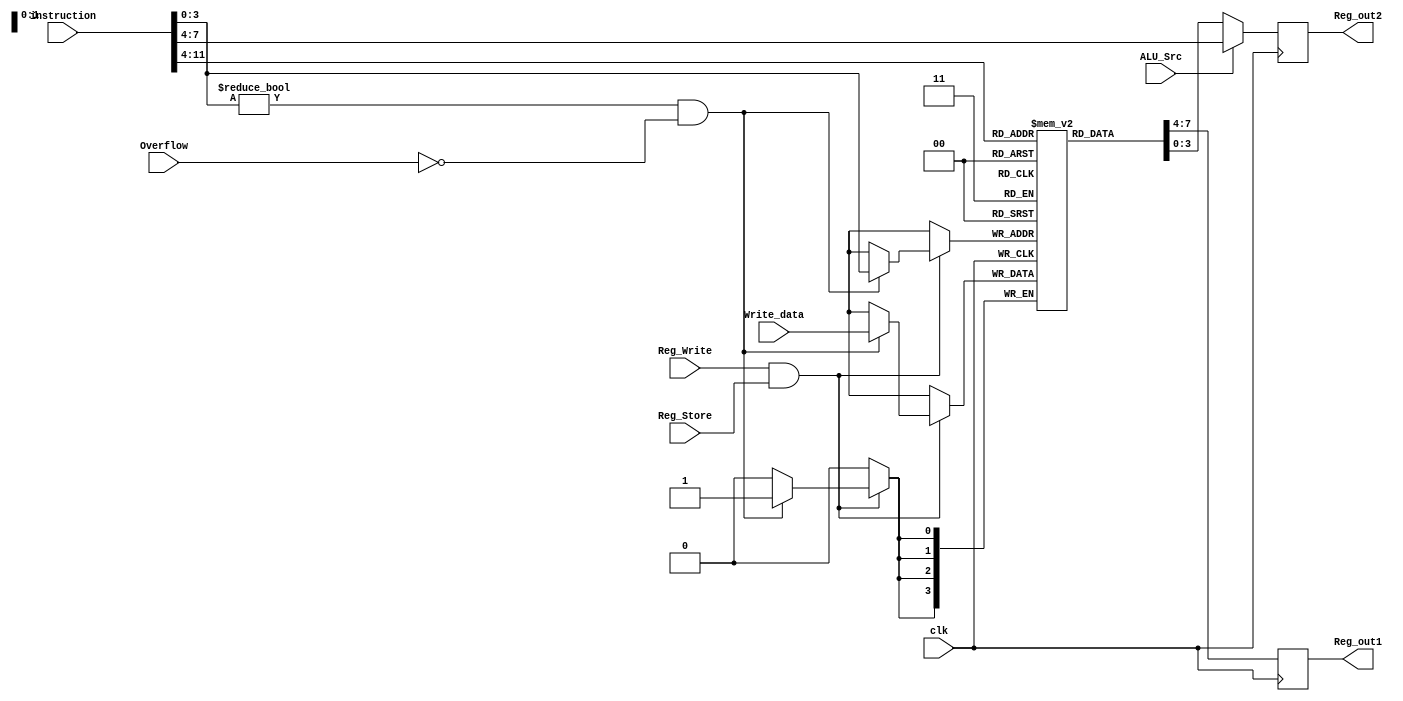
`timescale 1ns / 1ps

module Reg(
    input clk,
    input Reg_Write, ALU_Src,                    
    input Reg_Store,                                
    input Overflow,                             
    input [3:0] Write_data,
    input [11:0] instruction,
    output reg [3:0] Reg_out1, Reg_out2
    );
    
    reg [3:0] Reg [15:0];                        
    
    initial                                       
    begin                                                       //Reg  0 ,     ( )
        Reg [0] = 4'b0000;
        Reg [1] = 4'b0000;
        Reg [2] = 4'b0000;
        Reg [3] = 4'b0000;
        Reg [4] = 4'b0000;
        Reg [5] = 4'b0000;
        Reg [6] = 4'b0000;
        Reg [7] = 4'b0000;
        Reg [8] = 4'b0000;
        Reg [9] = 4'b0000;
        Reg [10] = 4'b0000;
        Reg [11] = 4'b0000;
        Reg [12] = 4'b0000;
        Reg [13] = 4'b0000;
        Reg [14] = 4'b0000;
        Reg [15] = 4'b0000;
        Reg_out1 = 0;
        Reg_out2 = 0;
    end
    
    always @(posedge clk)                                       
    begin
        Reg_out1 <= Reg[instruction[11:8]];                     //   : instruction 11~8bit  register            
        
        if(ALU_Src == 0)                                        //ALU_Src 0  
            Reg_out2 <= Reg[instruction[7:4]];                  //   : instruction 7~4bit  register              
        else                                                    //ALU_Src 1  
            Reg_out2 <= instruction[7:4];                       //   : instruction 7~4bit
        
        if(Reg_Write && Reg_Store)                              //Reg_Write( enable)  Reg_Store(Register   ) 1 
        begin
            if(instruction[3:0] != 4'b0 && Overflow != 1'b1)    //  0   overflow   
                Reg[instruction[3:0]] <= Write_data;            //ALU    Register 
        end
    end
endmodule